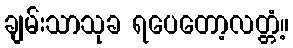
ချမ်းသာသုခ ရပေတော့လတ္တံ့။